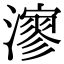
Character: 㵳